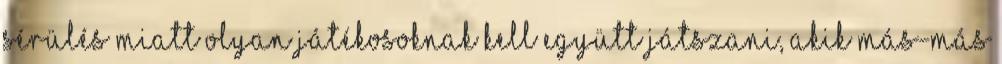
sérülés miatt olyan játékosoknak kell együtt játszani, akik más-más